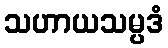
သဟာယသမ္ပဒံ